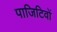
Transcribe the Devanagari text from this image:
पाजिटिवों